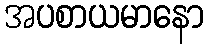
အပစာယမာနော